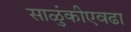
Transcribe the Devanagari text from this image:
साळुंकीएवढा